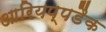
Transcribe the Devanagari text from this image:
आरियप्पडैक